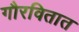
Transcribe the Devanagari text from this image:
गौरवितात